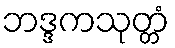
ဘဒ္ဒကသုတ္တံ